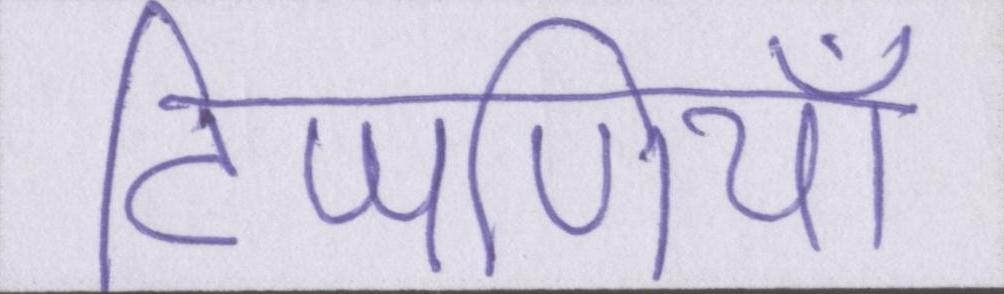
टिप्पणियाँ